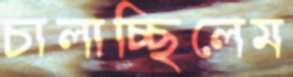
চালাচ্ছিলেম